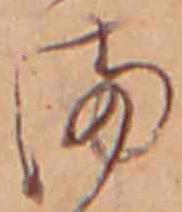
ま